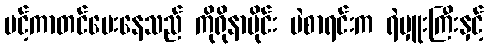
ပင့်ကာတင်ပေးနေသည် ကိုရိုနာဗိုင်း မဲစာရင်းက ရဲမှူးကြီးနှင့်